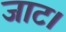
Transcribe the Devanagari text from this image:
जाट।